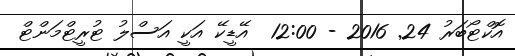
އޮކްޓޯބަރު 24